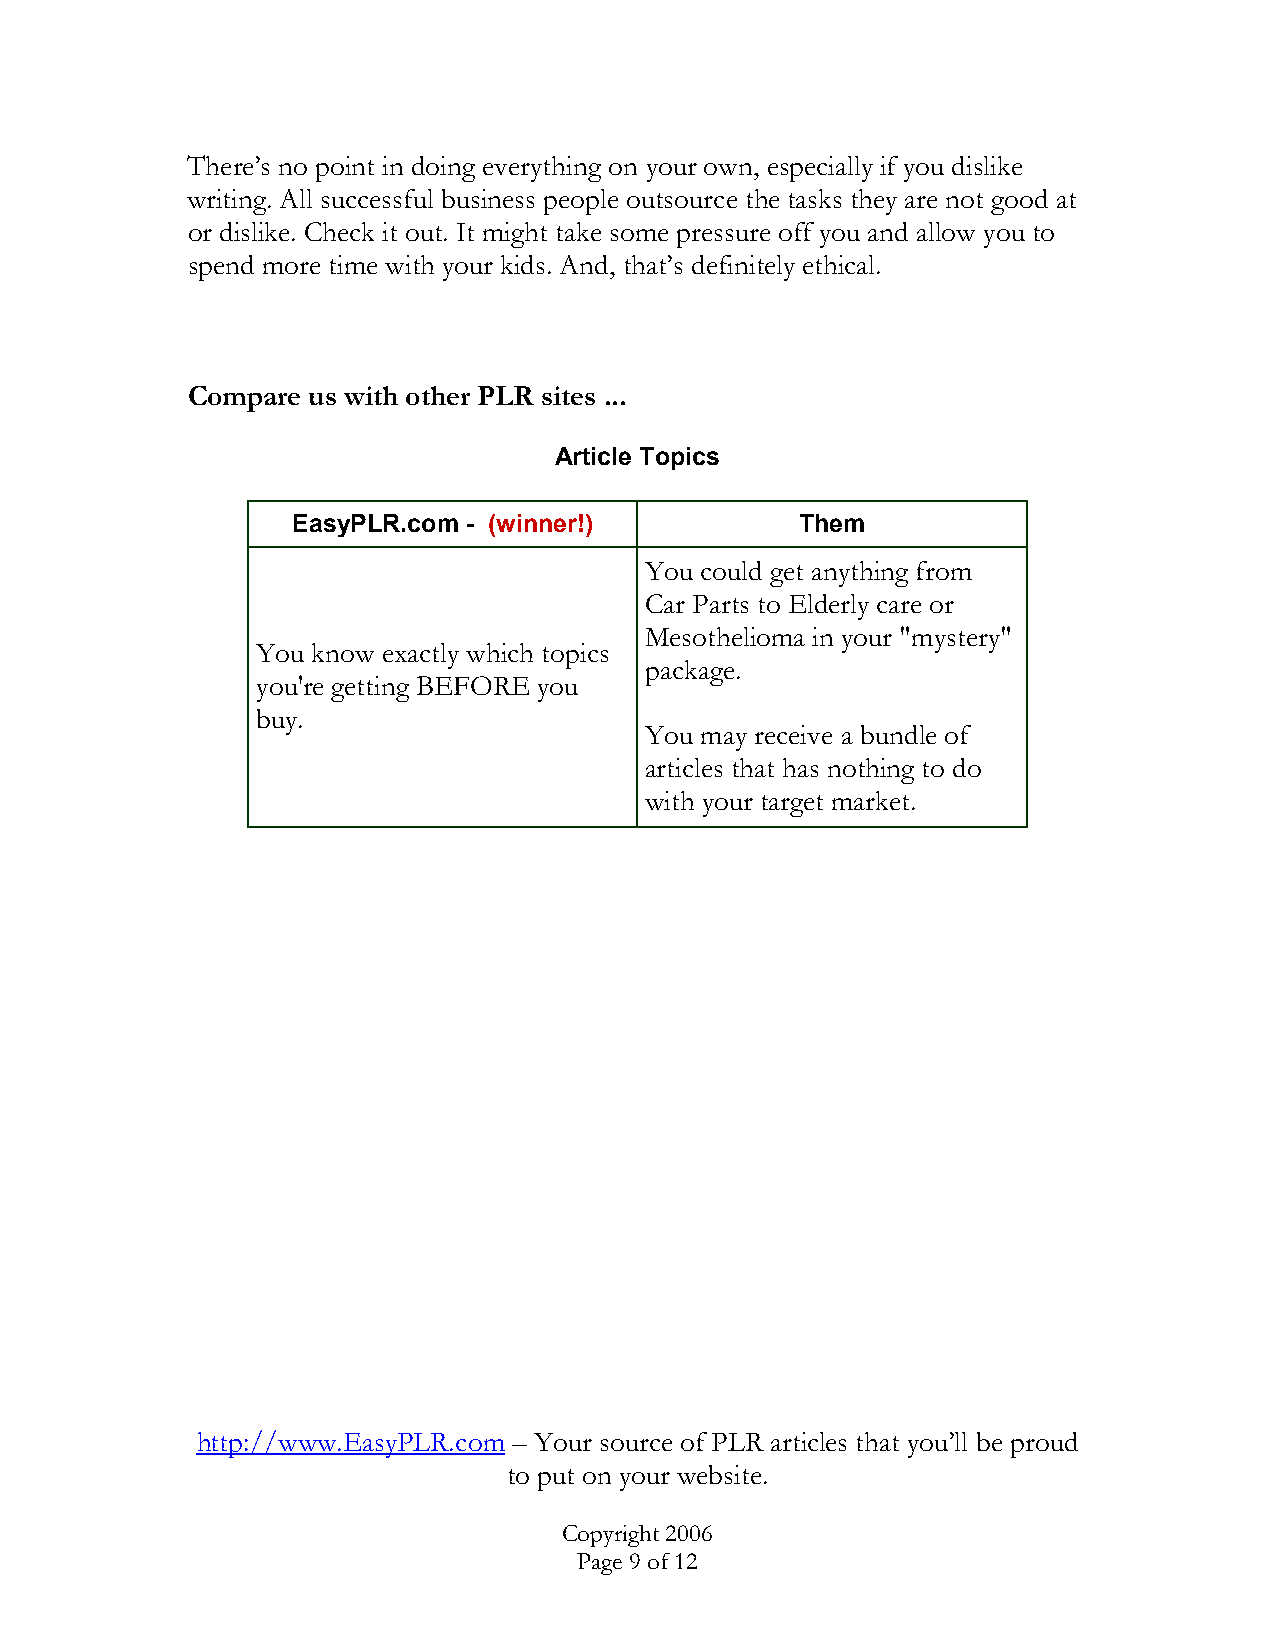
There’s no point in doing everything on your own, especially if you dislike
 writing. All successful business people outsource the tasks they are not good at
 or dislike. Check it out. It might take some pressure off you and allow you to
 spend more time with your kids. And, that’s definitely ethical.
 Compare us with other PLR sites ...
 Article Topics
 EasyPLR.com - (winner!)           Them
 You could get anything from
 Car Parts to Elderly care or
 Mesothelioma in your "mystery"
 You know exactly which topics
 package.
 you're getting BEFORE you
 buy.
 You may receive a bundle of
 articles that has nothing to do
 with your target market.
 http://www.EasyPLR.com – Your source of PLR articles that you’ll be proud
 to put on your website.
 Copyright 2006
 Page 9 of 12